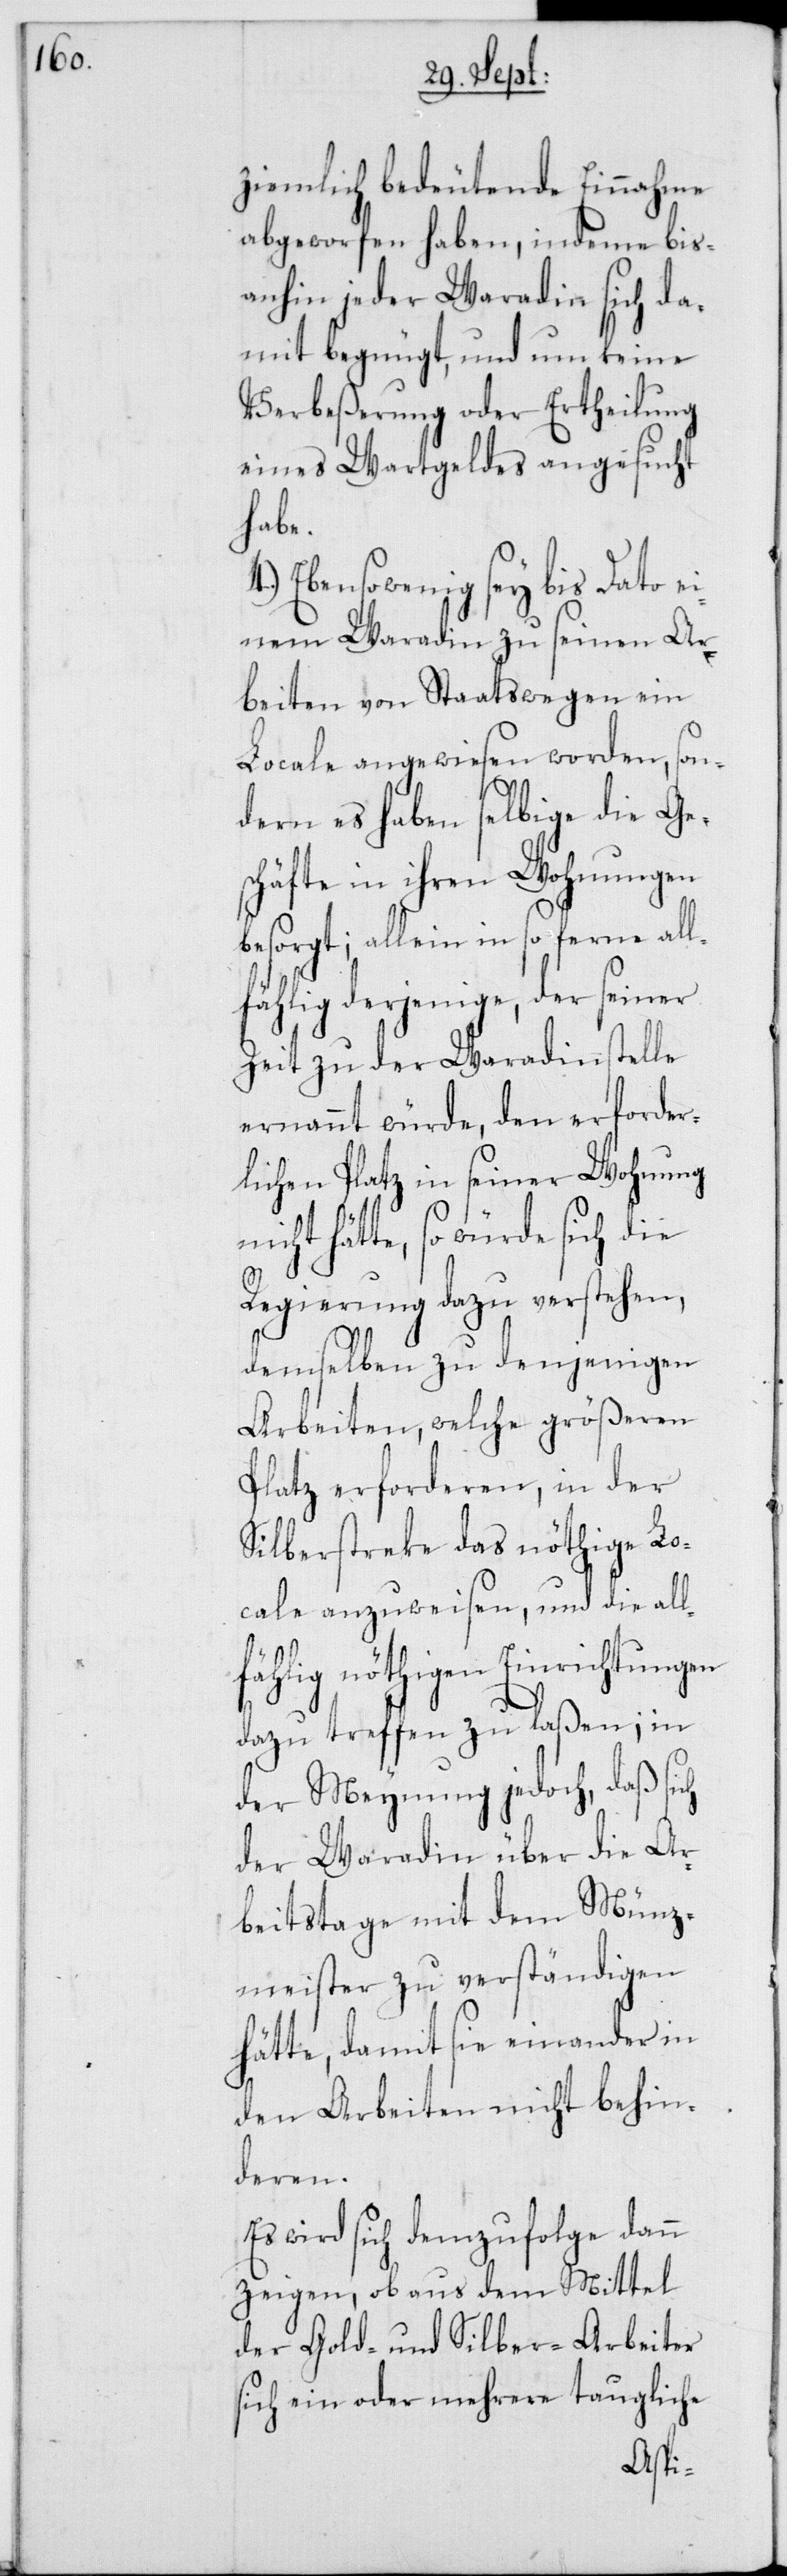
ziemlich bedeutende Einnahme
abgeworfen haben, indeme bis¬
anhin jeder Waradin sich da¬
mit begnügt, und um keine
Verbeßerung oder Ertheilung
eines Wartgeldes angesucht
habe.
4. Ebensowenig sey bis Dato ei¬
nem Waradin zu seinen Ar¬
beiten von Staatswegen ein
Locale angewiesen worden, son¬
dern es haben selbige die Ges¬
chäfte in ihren Wohnungen
besorgt; allein in so ferne all¬
fählig derjenige, der seiner
Zeit zu der Waradinstelle
ernannt würde, den erforder¬
lichen Platz in seiner Wohnung
hätte, so würde sich die
Regierung dazu verstehen,
demselben zu denjenigen
Arbeiten, welche größeren
Platz erforderen, in der
Silberstreke das nöthige Lo¬
cale anzuweisen, und die all¬
fählig nöthigen Einrichtungen
dazu treffen zu laßen; in
der Meynung jedoch, daß
der Waradin über die Ar¬
beitstage mit dem Münz¬
meister zu verständigen
hätte, damit sie einander in
den Arbeiten nicht behin¬
deren.
Es wird sich demzufolge dann
zeigen, ob aus dem Mittel
der Gold- und Silber-Arbeiter
sich ein oder mehrere taugliche